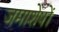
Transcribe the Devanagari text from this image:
जमाशेषों